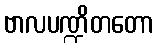
ဗာလပဏ္ဍိတတော